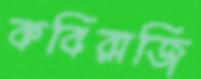
কবিরাজি